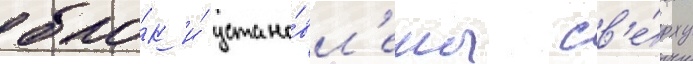
бло́к и́ устано́вл'ены св'е́рху